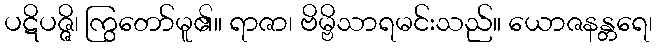
ပဋိပဇ္ဇိ၊ ကြွတော်မူ၏။ ရာဇာ၊ ဗိမ္ဗိသာရမင်းသည်။ ယောဇနန္တရေ၊